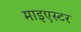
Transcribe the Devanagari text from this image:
माइएस्टर